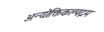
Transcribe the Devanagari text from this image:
अन्योक्तिकल्पद्रम